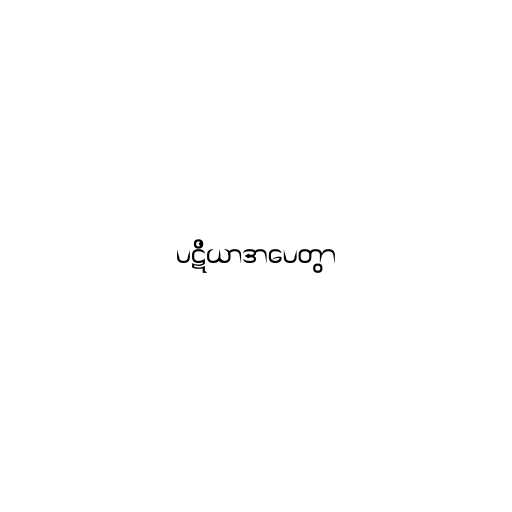
ပဋိယာဒာပေတွာ